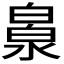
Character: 𣹻